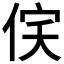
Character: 𬾔